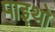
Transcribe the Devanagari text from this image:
पाइथो